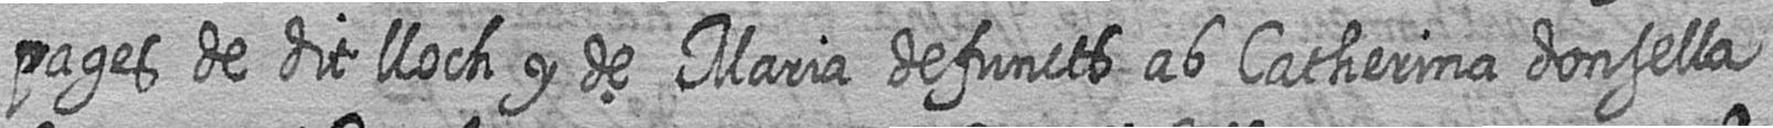
pages de dit lloch y de Maria defuncts ab Catherina donsella